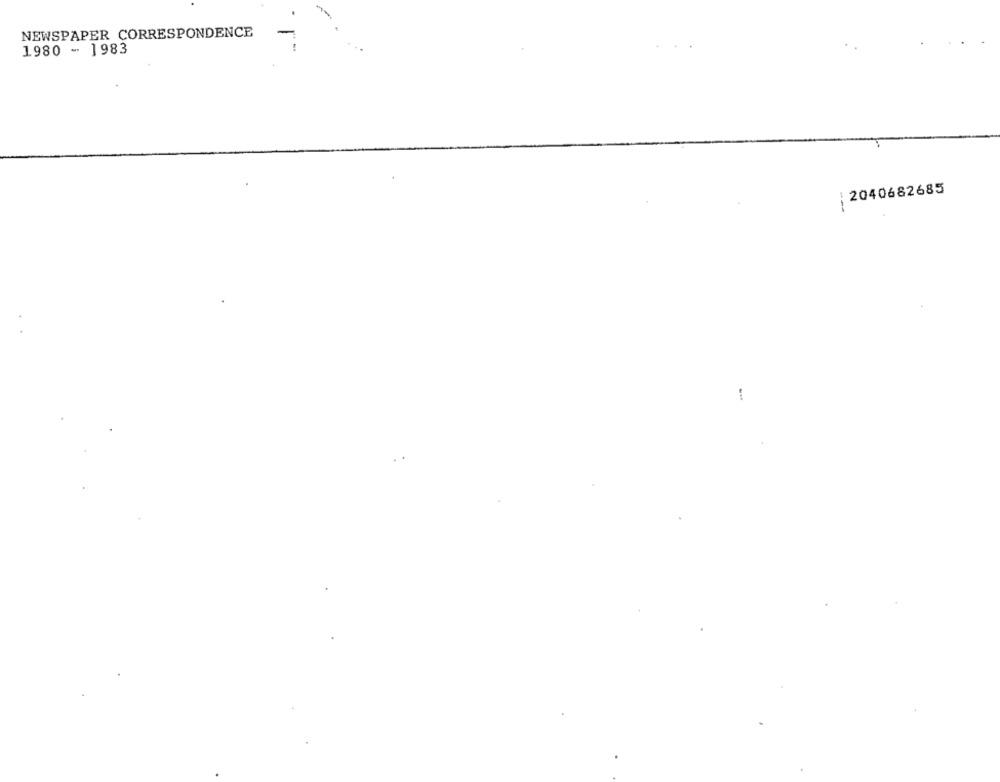
NEWSPAPER CORRESPONDENCE
-
1980 - 1983
2040682685
1